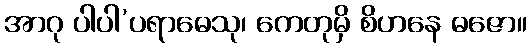
အာဂု ပါပါ’ပရာဓေသု၊ ကေတုမှိ စိဟနေ ဓဇော။